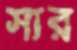
সার